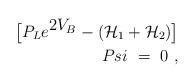
LaTeX: \begin{align*}\big [ P_L e^{{\displaystyle 2V_B}} - ({\cal H}_1+{\cal H}_2)\big ]\\Psi\ =\ 0\ ,\end{align*}